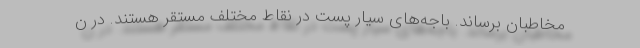
مخاطبان برساند. باجه‌های سیار پست در نقاط مختلف مستقر هستند. در ن